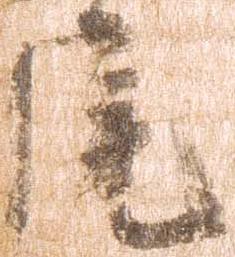
尾